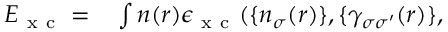
\begin{array} { r l } { E _ { \mathrm { ~ x ~ c ~ } } = } & { { } \int n ( \boldsymbol { r } ) \epsilon _ { \mathrm { ~ x ~ c ~ } } ( \{ n _ { \sigma } ( \boldsymbol { r } ) \} , \{ \gamma _ { \sigma \sigma ^ { \prime } } ( \boldsymbol { r } ) \} , } \end{array}